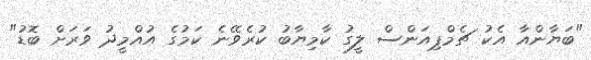
"ބަޔާންއާ އެކު ޗެމްޕިއަންސް ލީގު ކާމިޔާބު ކުރެވޭނެ ކަމުގެ އުއްމީދު ވަރަށް ބޮޑު"